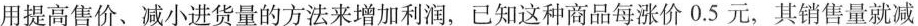
用提高售价、减小进货量的方法来增加利润，已知这种商品每涨价0.5元，其销售量就减